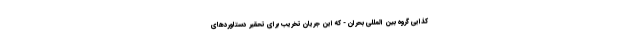
کذایی گروه بین المللی بحران - که این جریان تخریب برای تحقیر دستاوردهای